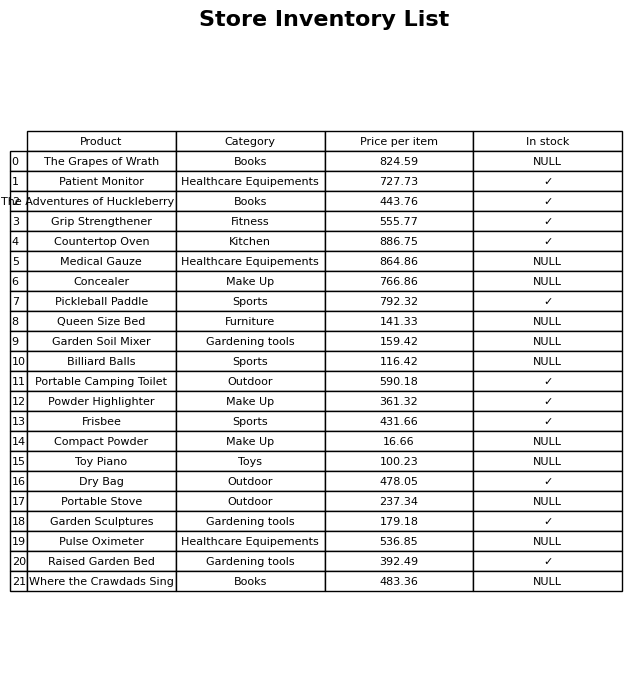
question: What is the price for Patient Monitor?
answer: The price of Patient Monitor is 727.73.